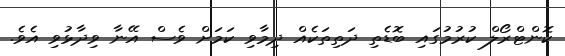
ކޮންޓްރޯލް ކުރުމުގައި ބޮޑެތި ދަތިތަކެއް ދިމާވި ކަމަށް ވެސް އޭނާ ވިދާޅުވި އެވެ.